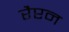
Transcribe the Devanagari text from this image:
रैप्टन